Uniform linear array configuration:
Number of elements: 24
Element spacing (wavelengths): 1
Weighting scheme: exponential
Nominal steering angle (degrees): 15
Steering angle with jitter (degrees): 15.842
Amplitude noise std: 0.05
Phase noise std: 0.05

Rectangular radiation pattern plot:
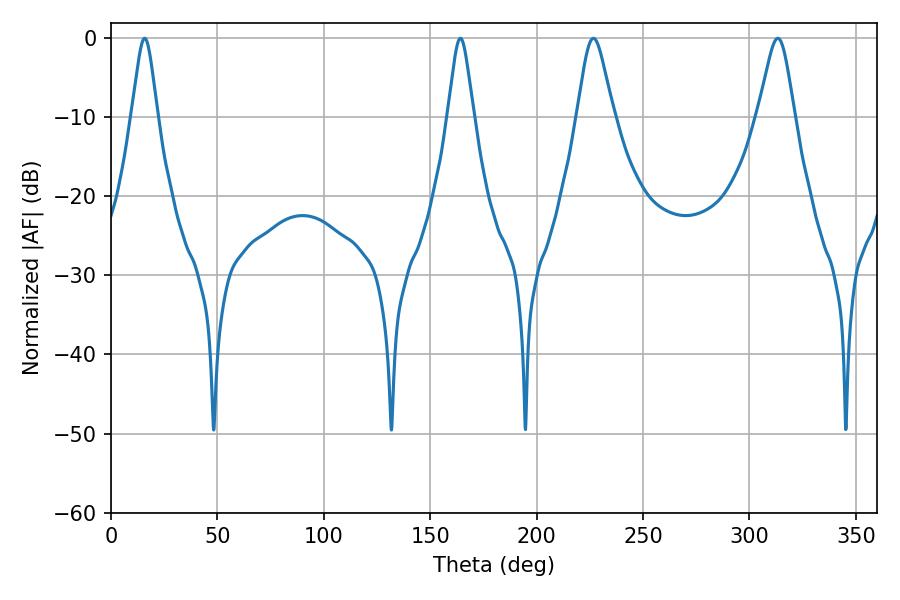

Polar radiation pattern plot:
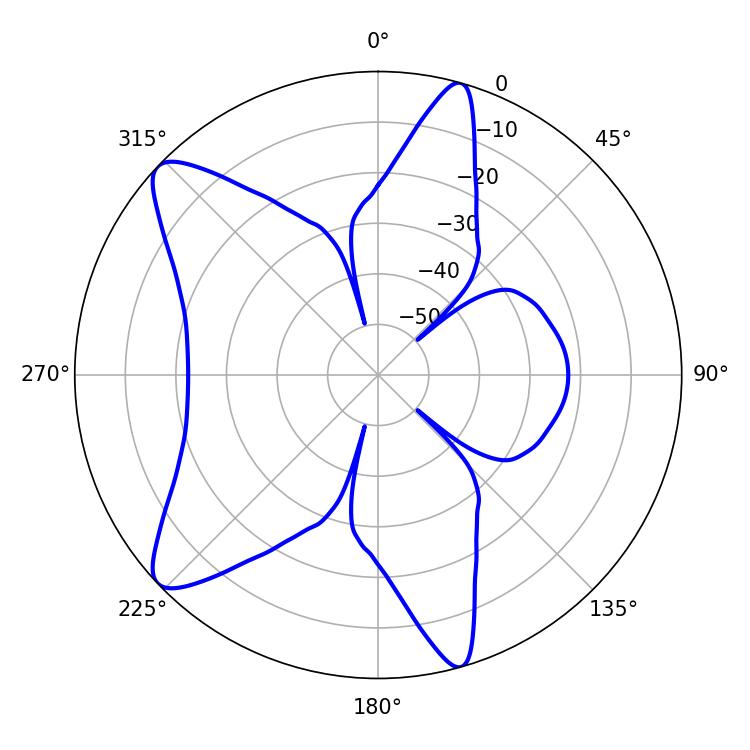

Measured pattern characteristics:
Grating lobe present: TRUE
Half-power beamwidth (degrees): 5.76
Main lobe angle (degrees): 15.84